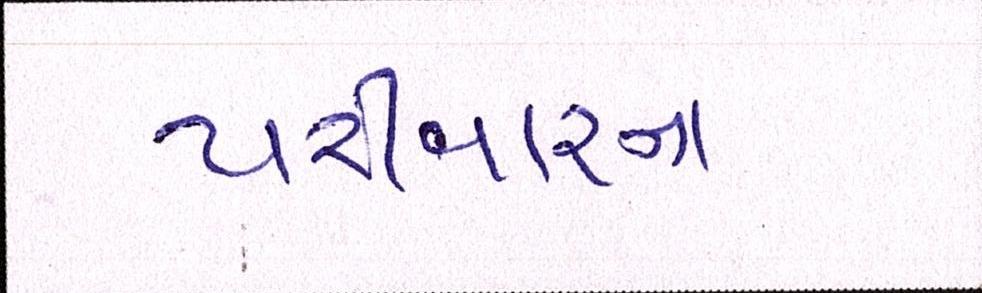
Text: પરીવારના